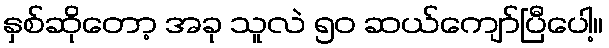
နှစ်ဆိုတော့ အခု သူလဲ ၅၀ ဆယ်ကျော်ပြီပေါ့။